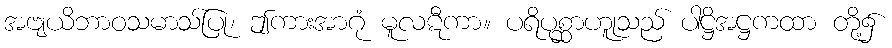
အဗျယိဘာဝသမာသ်ပြု၊ ဤကားအာဂုံ မူလဋီကာ။ ပရိပုစ္ဆာဟူုသည် ပါဋ္ဌိအဋ္ဌကထာ တို့၌